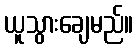
ယူသွားချေမည်။